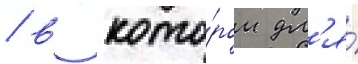
/ в кото́ром дл'я́